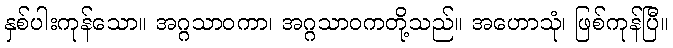
နှစ်ပါးကုန်သော။ အဂ္ဂသာဝကာ၊ အဂ္ဂသာဝကတို့သည်။ အဟောသုံ၊ ဖြစ်ကုန်ပြီ။